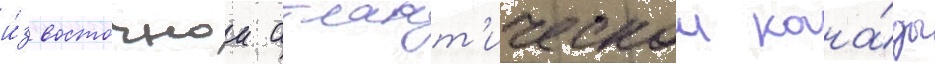
и́з восточнои атлант'ическои кана́ды